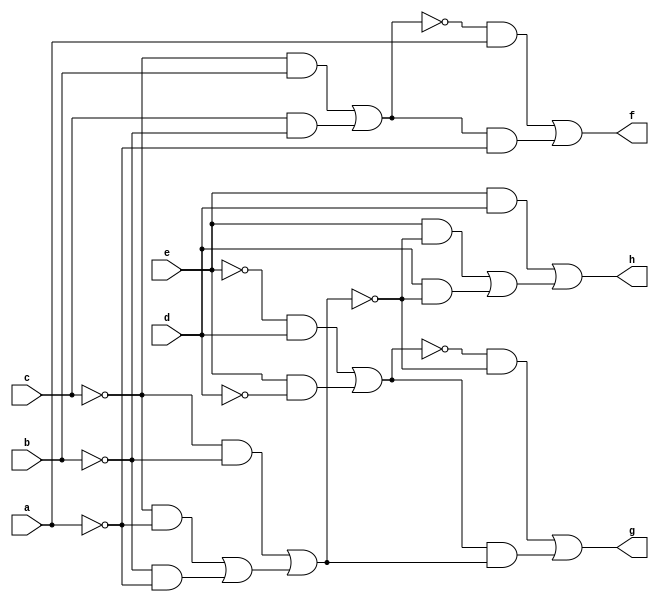
// IWLS benchmark module "CM82" printed on Wed May 29 16:07:21 2002
module CM82(a, b, c, d, e, f, g, h);
input
  a,
  b,
  c,
  d,
  e;
output
  f,
  g,
  h;
wire
  \[2] ,
  o,
  r,
  s,
  \[0] ,
  \[1] ;
assign
  \[2]  = (e & d) | ((e & ~o) | (d & ~o)),
  f = \[0] ,
  g = \[1] ,
  h = \[2] ,
  o = (~c & ~b) | ((~c & ~a) | (~b & ~a)),
  r = (~e & d) | (e & ~d),
  s = (~c & b) | (c & ~b),
  \[0]  = (~s & a) | (s & ~a),
  \[1]  = (~r & ~o) | (r & o);
endmodule